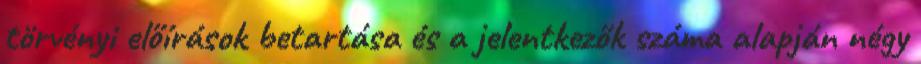
törvényi előírások betartása és a jelentkezők száma alapján négy